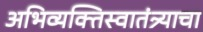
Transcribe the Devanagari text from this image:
अभिव्यक्तिस्वातंत्र्याचा